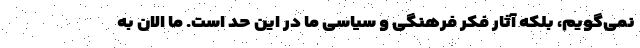
نمی‌گویم، بلکه آثار فکر فرهنگی و سیاسی ما در این حد است. ما الان به